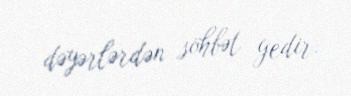
dəyərlərdən söhbət gedir.